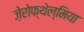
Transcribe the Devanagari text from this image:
ज़ेरोफ्थेल्मिया